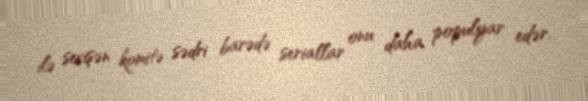
ilə sevişən komitə sədri barədə seriallar onu daha populyar edər.